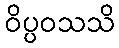
ဝိပ္ပဝသသိ